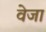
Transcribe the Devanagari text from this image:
वेजा